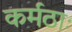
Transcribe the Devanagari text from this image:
कर्मठाः